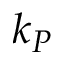
k _ { P }